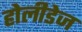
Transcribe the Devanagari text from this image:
होलीडेज